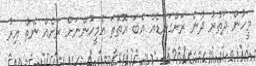
މީހުން ދަތުރު ދާނެ ރަށްގަނޑެއް އެބަ އޮތްތަ އެމީހުންނަށް ރަށެއް ނެތް އިރު